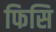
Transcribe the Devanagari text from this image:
फिसि